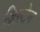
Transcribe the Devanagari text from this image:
ज़िल्टेन